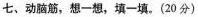
七、动脑筋，想一想，填一填。(20分)